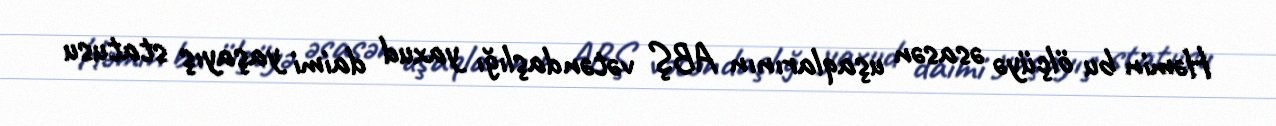
Həmin bu ölçüyə əsasən uşaqlarının ABŞ vətəndaşlığı yaxud daimi yaşayış statusu